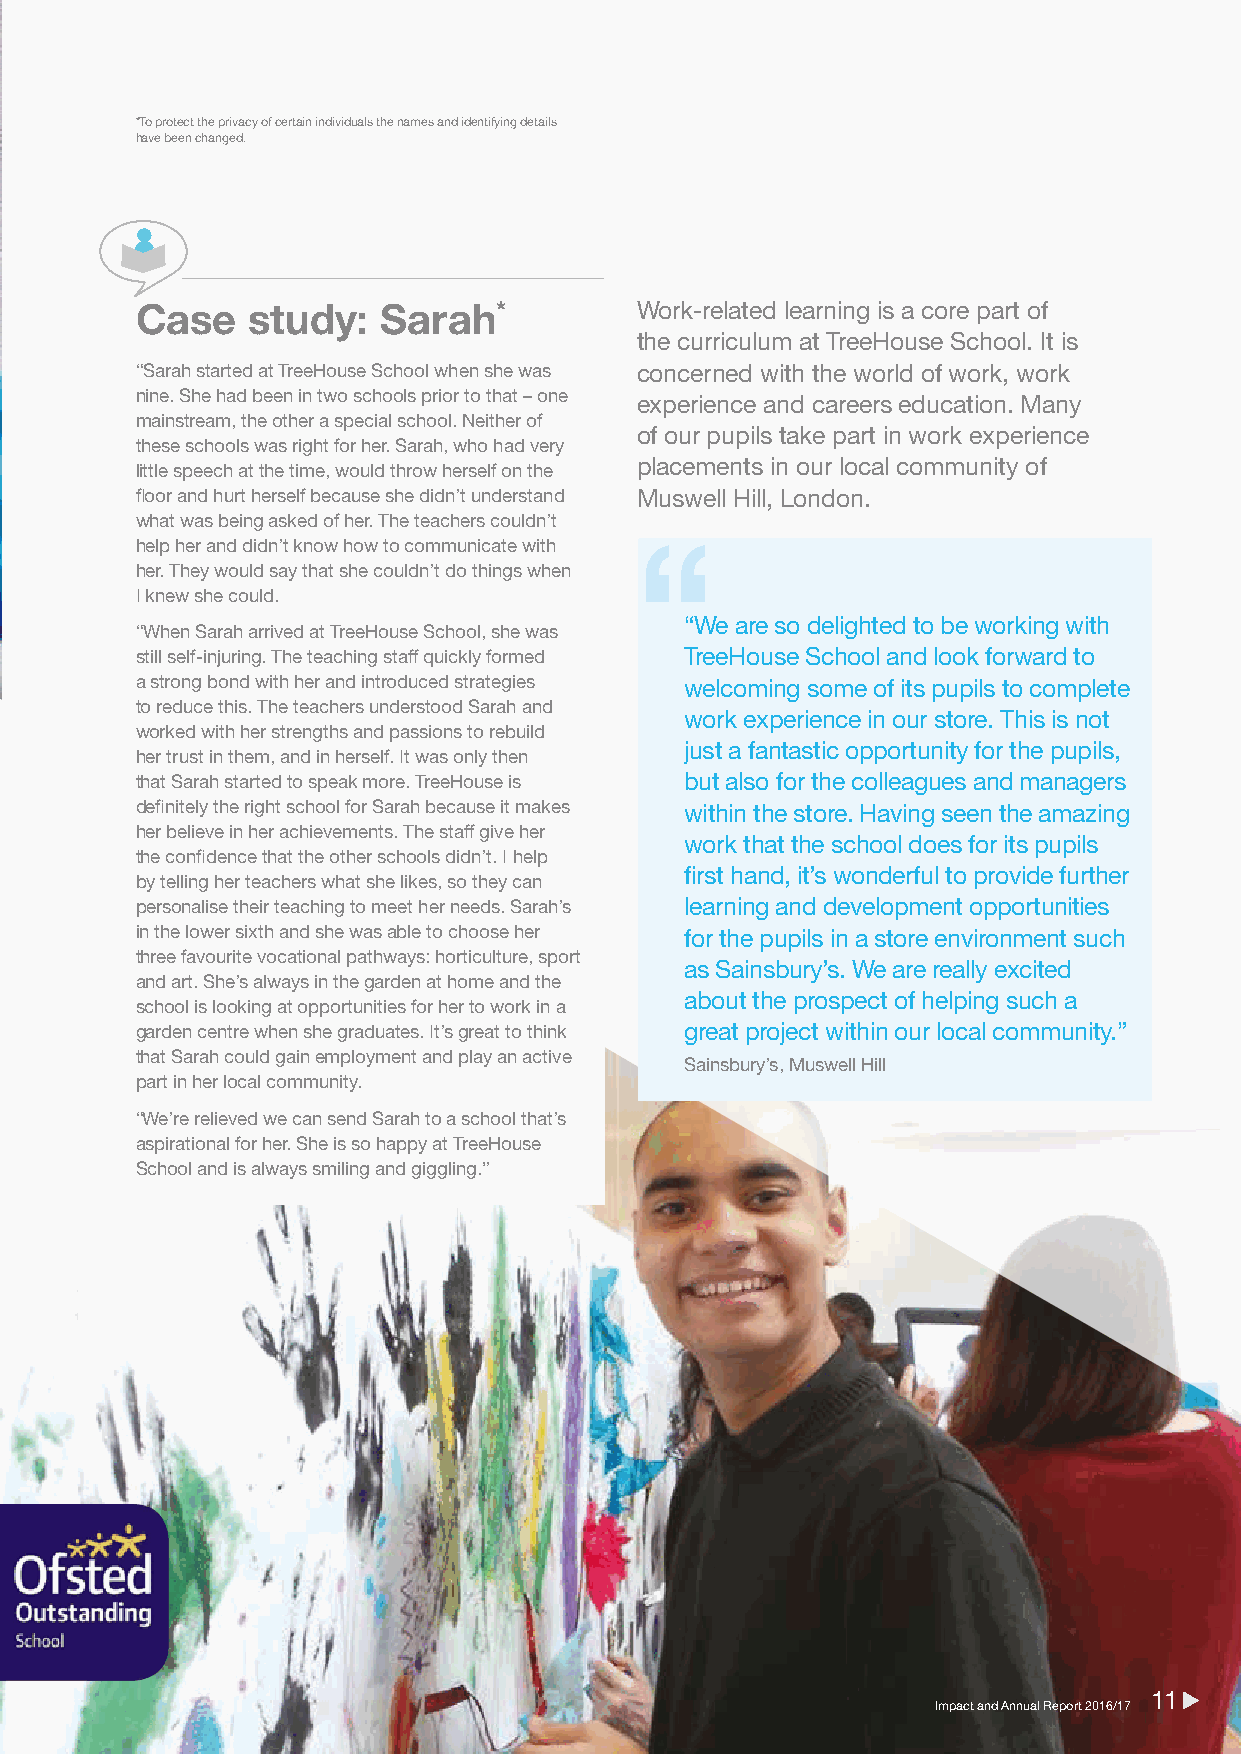
*To protect the privacy of certain individuals the names and identifying details
 have been changed.
 Case   study:   Sarah*           Work-related learning is a core part of
 the curriculum at TreeHouse School. It is
 “Sarah started at TreeHouse School when she was concerned with the world of work, work
 nine. She had been in two schools prior to that – one
 experience and careers education. Many
 mainstream, the other a special school. Neither of
 of our pupils take part in work experience
 these schools was right for her. Sarah, who had very
 little speech at the time, would throw herself on the placements in our local community of
 floor and hurt herself because she didn’t understand Muswell Hill, London.
 what was being asked of her. The teachers couldn’t
 help her and didn’t know how to communicate with
 her. They would say that she couldn’t do things when
 I knew she could.
 “We are so delighted to be working with
 “When Sarah arrived at TreeHouse School, she was
 still self-injuring. The teaching staff quickly formed TreeHouse School and look forward to
 a strong bond with her and introduced strategies welcoming some of its pupils to complete
 to reduce this. The teachers understood Sarah and
 work experience in our store. This is not
 worked with her strengths and passions to rebuild
 just a fantastic opportunity for the pupils,
 her trust in them, and in herself. It was only then
 that Sarah started to speak more. TreeHouse is but also for the colleagues and managers
 definitely the right school for Sarah because it makes within the store. Having seen the amazing
 her believe in her achievements. The staff give her
 work that the school does for its pupils
 the confidence that the other schools didn’t. I help
 first hand, it’s wonderful to provide further
 by telling her teachers what she likes, so they can
 personalise their teaching to meet her needs. Sarah’s learning and development opportunities
 in the lower sixth and she was able to choose her for the pupils in a store environment such
 three favourite vocational pathways: horticulture, sport
 as Sainsbury’s. We are really excited
 and art. She’s always in the garden at home and the
 about the prospect of helping such a
 school is looking at opportunities for her to work in a
 garden centre when she graduates. It’s great to think great project within our local community.”
 that Sarah could gain employment and play an active
 Sainsbury’s, Muswell Hill
 part in her local community.
 “We’re relieved we can send Sarah to a school that’s
 aspirational for her. She is so happy at TreeHouse
 School and is always smiling and giggling.”
 1111
 IImmppaacctt aanndd AAnnnnuuaall RReeppoorrtt 22001166//1177